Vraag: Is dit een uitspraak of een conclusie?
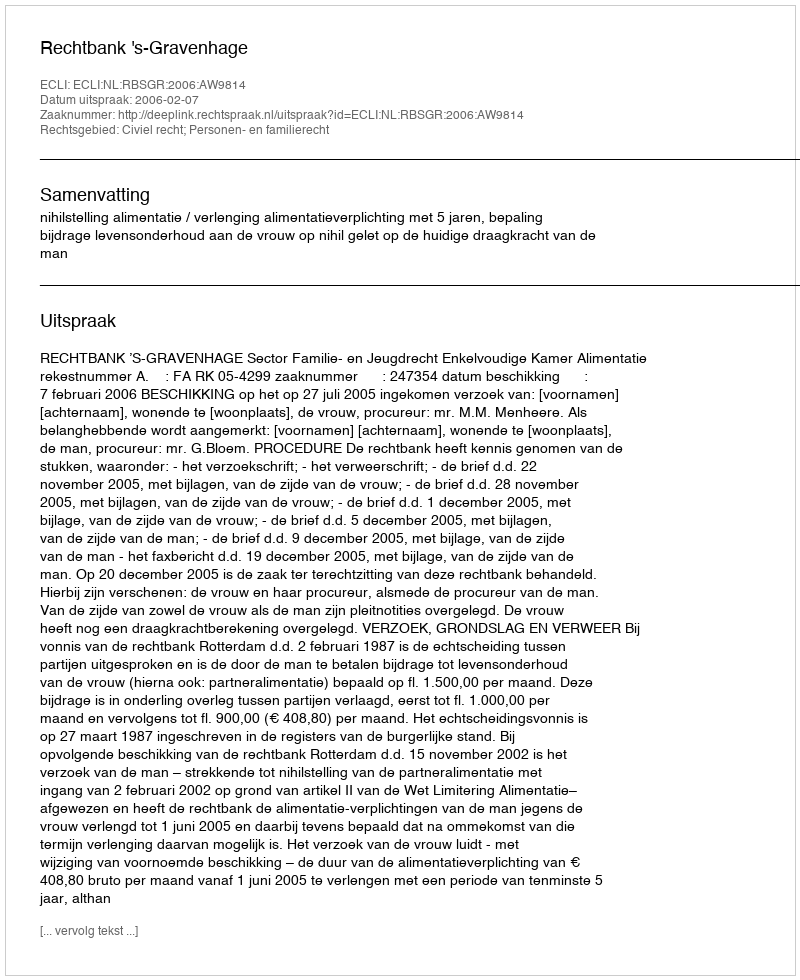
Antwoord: Uitspraak